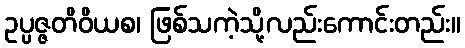
ဥပ္ပဇ္ဇတိဝိယစ၊ ဖြစ်သကဲ့သို့လည်းကောင်းတည်း။